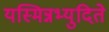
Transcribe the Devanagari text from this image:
यस्मिन्नभ्युदिते